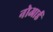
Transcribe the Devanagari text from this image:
नोआर्ड